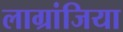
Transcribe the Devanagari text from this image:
लाग्रांजिया